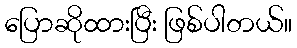
ပြောဆိုထားပြီး ဖြစ်ပါတယ်။